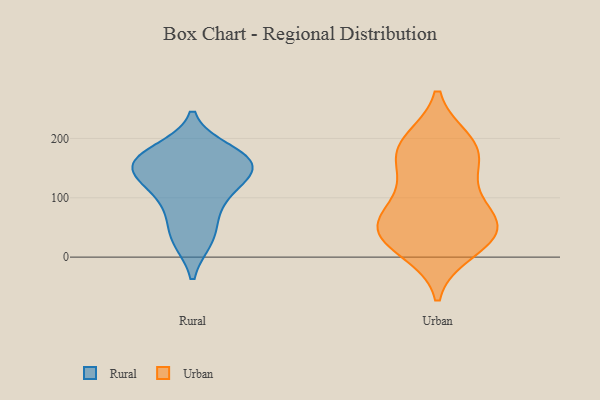
{"axis": {"x": "Backlog", "y": "Value"}, "legend": ["Rural", "Urban"], "data": [{"x": "", "y": 167, "type": "Rural"}, {"x": "", "y": 155, "type": "Rural"}, {"x": "", "y": 120, "type": "Rural"}, {"x": "", "y": 74, "type": "Rural"}, {"x": "", "y": 133, "type": "Rural"}, {"x": "", "y": 32, "type": "Rural"}, {"x": "", "y": 163, "type": "Rural"}, {"x": "", "y": 178, "type": "Rural"}, {"x": "", "y": 99, "type": "Rural"}, {"x": "", "y": 152, "type": "Rural"}, {"x": "", "y": 30, "type": "Rural"}, {"x": "", "y": 158, "type": "Rural"}, {"x": "", "y": 103, "type": "Urban"}, {"x": "", "y": 178, "type": "Urban"}, {"x": "", "y": 12, "type": "Urban"}, {"x": "", "y": 61, "type": "Urban"}, {"x": "", "y": 132, "type": "Urban"}, {"x": "", "y": 44, "type": "Urban"}, {"x": "", "y": 45, "type": "Urban"}, {"x": "", "y": 26, "type": "Urban"}, {"x": "", "y": 194, "type": "Urban"}, {"x": "", "y": 45, "type": "Urban"}, {"x": "", "y": 184, "type": "Urban"}, {"x": "", "y": 67, "type": "Urban"}, {"x": "", "y": 177, "type": "Urban"}]}